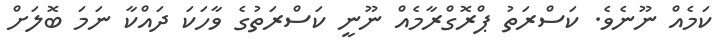
ކަމެއް ނޫނެވެ. ކަސްރަތު ޕްރޮގްރާމެއް ނޫނީ ކަސްރަތުގެ ވާހަކަ ދައްކާ ނަމަ ބޮލަށް